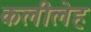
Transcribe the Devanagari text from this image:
कलीलेह